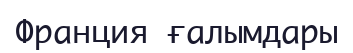
Франция ғалымдары